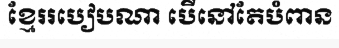
ខ្មែររបៀបណា បើនៅតែបំពាន